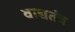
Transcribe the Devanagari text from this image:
वाद्यतंत्र